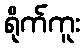
ရိုက်ကူး